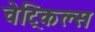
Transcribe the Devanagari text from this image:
वेट्रिकल्स